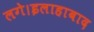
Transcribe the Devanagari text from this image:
लगे।इलाहाबाद